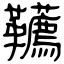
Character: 韉